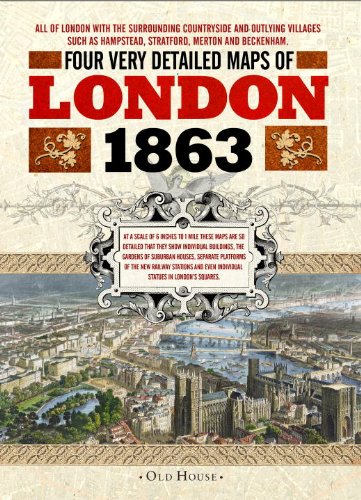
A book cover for Street Maps of Victorian London, 1863 (Old House Projects); Edward Stanford; History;